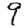
Digit: 9